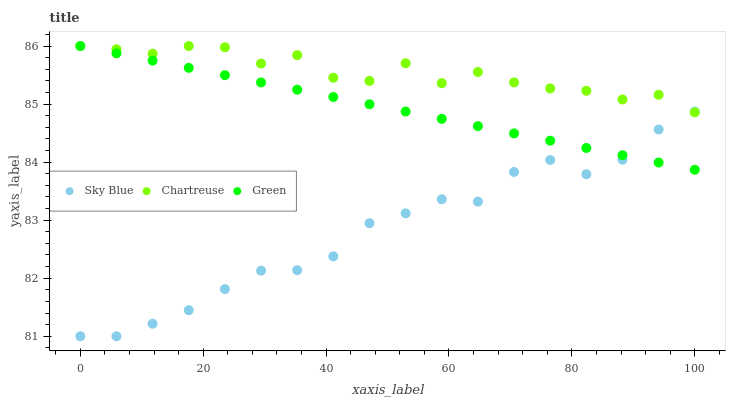
| xaxis_label | Sky Blue | Chartreuse | Green |
 | --- | --- | --- | --- |
 | 0 | 81 | 86 | 86 |
 | 5.88 | 81 | 85.9 | 85.9 |
 | 11.8 | 81.2 | 85.9 | 85.7 |
 | 17.6 | 81.4 | 86 | 85.6 |
 | 23.5 | 81.8 | 86 | 85.5 |
 | 29.4 | 82.1 | 85.7 | 85.4 |
 | 35.3 | 82.1 | 85.8 | 85.2 |
 | 41.2 | 82.4 | 85.5 | 85.1 |
 | 47.1 | 82.9 | 85.4 | 85 |
 | 52.9 | 83.1 | 85.7 | 84.9 |
 | 58.8 | 83.4 | 85.4 | 84.7 |
 | 64.7 | 83.3 | 85.6 | 84.6 |
 | 70.6 | 83.8 | 85.4 | 84.5 |
 | 76.5 | 84 | 85.3 | 84.4 |
 | 82.4 | 83.8 | 85.2 | 84.2 |
 | 88.2 | 84 | 85.1 | 84.1 |
 | 94.1 | 84.6 | 85.2 | 84 |
 | 100 | 84.9 | 84.9 | 83.9 |